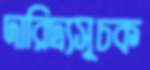
দারিদ্র্যসূচক